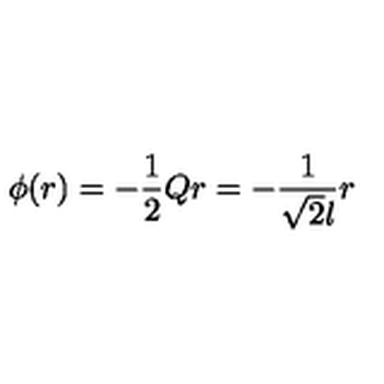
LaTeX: \phi ( r ) = - \frac 1 2 Q r = - \frac { 1 } { \sqrt { 2 } l } r